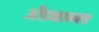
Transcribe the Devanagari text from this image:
अँडव्हान्स्ड